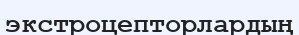
экстроцепторлардың